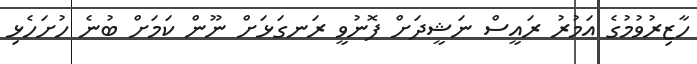
ހާޒިރުވުމުގެ އަމުރު ރައީސް ނަޝީދަށް ފޮނުވީ ރަނގަޅަށް ނޫން ކަމަށް ބުނެ ހުށަހެޅި